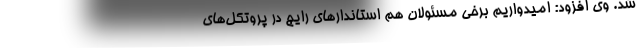
شد. وی افزود: امیدواریم برخی مسئولان هم استاندارهای رایج در پروتکل‌های